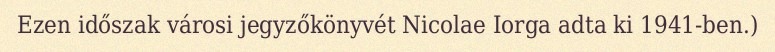
Ezen időszak városi jegyzőkönyvét Nicolae Iorga adta ki 1941-ben.)